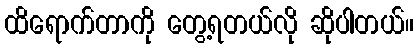
ထိရောက်တာကို တွေ့ရတယ်လို ဆိုပါတယ်။